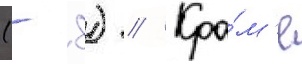
(- 8) // Кро́м'е